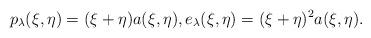
LaTeX: \begin{align*}p_\lambda(\xi,\eta) = (\xi+\eta)a(\xi,\eta), e_\lambda(\xi,\eta) = (\xi+\eta)^2a(\xi,\eta).\end{align*}